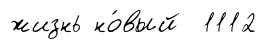
жизнь но́вый 1112